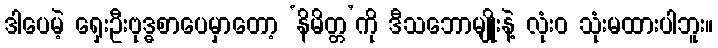
ဒါပေမဲ့ ရှေးဦးဗုဒ္ဓစာပေမှာတော့ ‘နိမိတ္တ’ကို ဒီသဘောမျိုးနဲ့ လုံးဝ သုံးမထားပါဘူး။